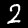
Label: 2